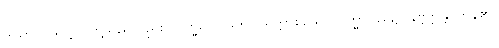
သဗ္ဗေပိ၊ သတ္တဝါတို့သည်လည်း။ ဗြဟ္မလောကေ၊ ပရိတ္တာစသော ဗြဟ္မာပြည်၌။ နိဗ္ဗတ္တန္တိ၊ ကုန်၏။